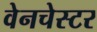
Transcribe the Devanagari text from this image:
वेनचेस्टर